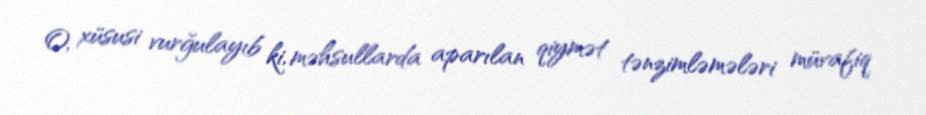
O, xüsusi vurğulayıb ki, məhsullarda aparılan qiymət tənzimləmələri müvafiq